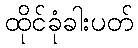
ထိုင်ခုံခါးပတ်